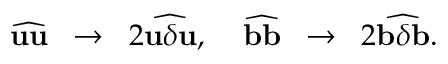
\widehat { { \bf { u } } { \bf { u } } } \; \; \rightarrow \; \; 2 \widehat { { \bf { u } } \delta { \bf { u } } } , \; \; \; \; \widehat { { \bf { b } } { \bf { b } } } \; \; \rightarrow \; \; 2 \widehat { { \bf { b } } \delta { \bf { b } } } .